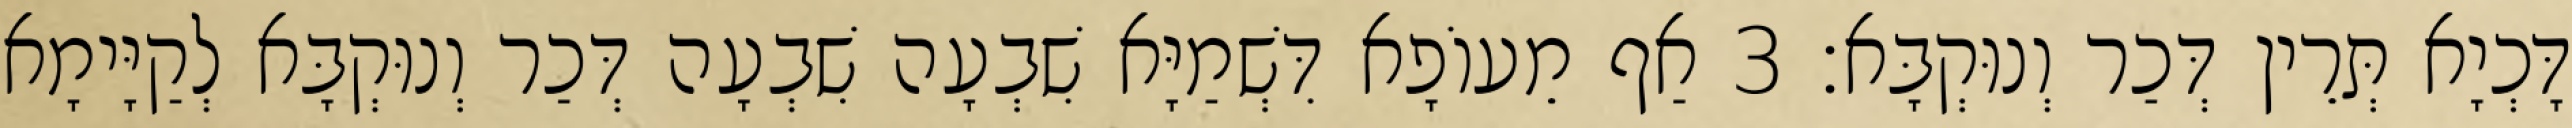
דָּכְיָא תְּרֵין דְּכַר וְנוּקְבָּא׃ 3 אַף מֵעוֹפָא דִּשְׁמַיָּא שִׁבְעָה שִׁבְעָה דְּכַר וְנוּקְבָּא לְקַיָּימָא